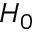
H _ { 0 }